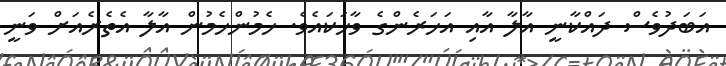
އަބަދުވެސް ދައްކާނީ އާލާ އާއި އަހަރެންގެ ވާހަކައެވެ. ހެމުންހެމުން އާލާ އެތެރެއަށް ވަނީ